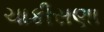
ચાકીસણા